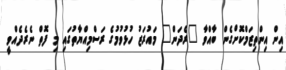
އިން އިންތިޒަމްކޮށްގެން ބާއްވާ "ރެދަން" މައުރަޒު ހުޅުވުމުގެ ރަސްމިއްޔާތުގައި މި ފޮތް ނެރެދެއްވީ